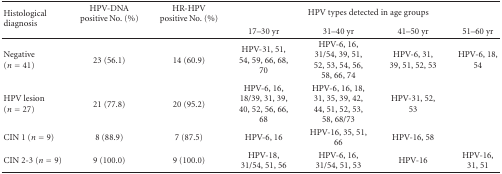
| <ROWSPAN=2> Histological diagnosis | HPV-DNA positive No. (%) | HR-HPV positive No. (%) | <COLSPAN=4> HPV types detected in age groups |
 |  |  | 17–30 yr | 31–40 yr | 41–50 yr | 51–60 yr |
 | --- | --- | --- | --- | --- | --- | --- |
 | Negative (n = 41) | 23 (56.1) | 14 (60.9) | HPV-31, 51, 54, 59, 66, 68, 70 | HPV-6, 16, 31/54, 39, 51, 52, 53, 54, 56, 58, 66, 74 | HPV-6, 31, 39, 51, 52, 53 | HPV-6, 18, 54 |
 | HPV lesion (n = 27) | 21 (77.8) | 20 (95.2) | HPV-6, 16, 18/39, 31, 39, 40, 52, 56, 66, 68 | HPV-6, 16, 18, 31, 35, 39, 42, 44, 51, 52, 53, 58, 68/73 | HPV-31, 52, 53 |  |
 | CIN 1 (n = 9) | 8 (88.9) | 7 (87.5) | HPV-6, 16 | HPV-16, 35, 51, 66 | HPV-16, 58 |  |
 | CIN 2-3 (n = 9) | 9 (100.0) | 9 (100.0) | HPV-18, 31/54, 51, 56 | HPV-6, 16, 31/54, 51, 53 | HPV-16 | HPV-16, 31, 51 |